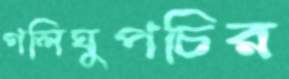
গলিঘুপচির